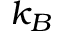
k _ { B }